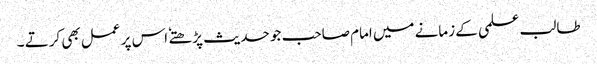
طالب علمی کے زمانے میں امام صاحب جو حدیث پڑھتے ٗ اس پر عمل بھی کرتے ۔